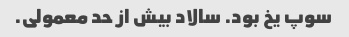
سوپ یخ بود. سالاد بیش از حد معمولی.